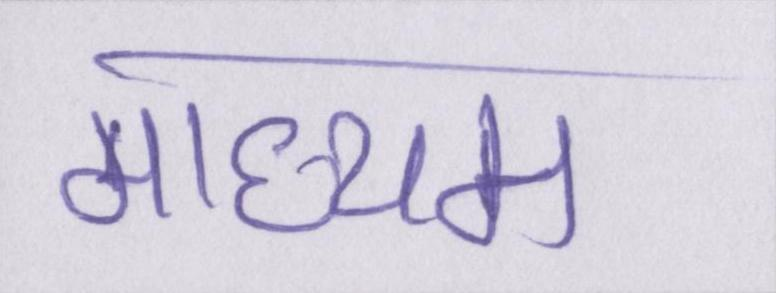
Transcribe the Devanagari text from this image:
माध्यम